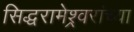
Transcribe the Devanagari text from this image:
सिद्धरामेश्र्वरांच्या